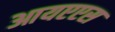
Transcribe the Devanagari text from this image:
आयएएस